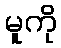
မူကို